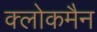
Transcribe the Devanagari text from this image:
क्लोकमैन